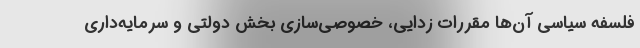
فلسفه سیاسی آن‌ها مقررات زدایی، خصوصی‌سازی بخش دولتی و سرمایه‌داری